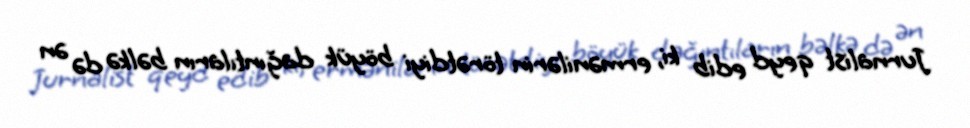
Jurnalist qeyd edib ki, ermənilərin törətdiyi böyük dağıntıların bəlkə də ən